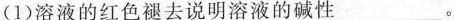
(1)溶液的红色褪去说明溶液的碱性___。